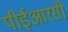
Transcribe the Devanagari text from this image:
पीईआरसी